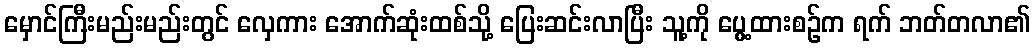
မှောင်ကြီးမည်းမည်းတွင် လှေကား အောက်ဆုံးထစ်သို့ ပြေးဆင်းလာပြီး သူ့ကို ပွေ့ထားစဉ်က ရက် ဘတ်တလာ၏